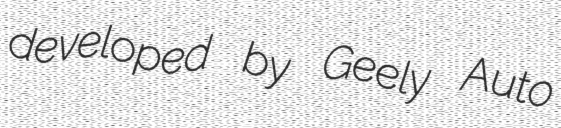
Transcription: developed by Geely Auto